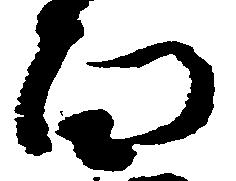
面